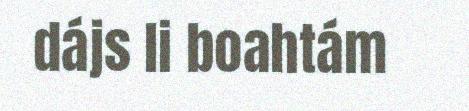
dájs li boahtám